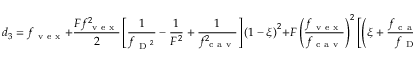
d _ { 3 } = f _ { \mathrm { ~ v ~ e ~ x ~ } } + \frac { F f _ { \mathrm { ~ v ~ e ~ x ~ } } ^ { 2 } } { 2 } \left[ \frac { 1 } { f _ { \mathrm { ~ D ~ } ^ { 2 } } } - \frac { 1 } { F ^ { 2 } } + \frac { 1 } { f _ { \mathrm { ~ c ~ a ~ v ~ } } ^ { 2 } } \right] \left( 1 - \xi \right) ^ { 2 } + F \left( \frac { f _ { \mathrm { ~ v ~ e ~ x ~ } } } { f _ { \mathrm { ~ c ~ a ~ v ~ } } } \right) ^ { 2 } \left[ \left( \xi + \frac { f _ { \mathrm { ~ c ~ a ~ v ~ } } } { f _ { \mathrm { ~ D ~ } } } \right) \left( 1 - \xi \right) + \frac { 1 } { 2 } \xi ^ { 2 } \right] ,